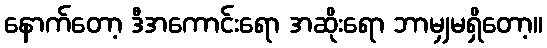
နောက်တော့ ဒီအကောင်းရော အဆိုးရော ဘာမျှမရှိတော့။